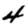
Digit: 4